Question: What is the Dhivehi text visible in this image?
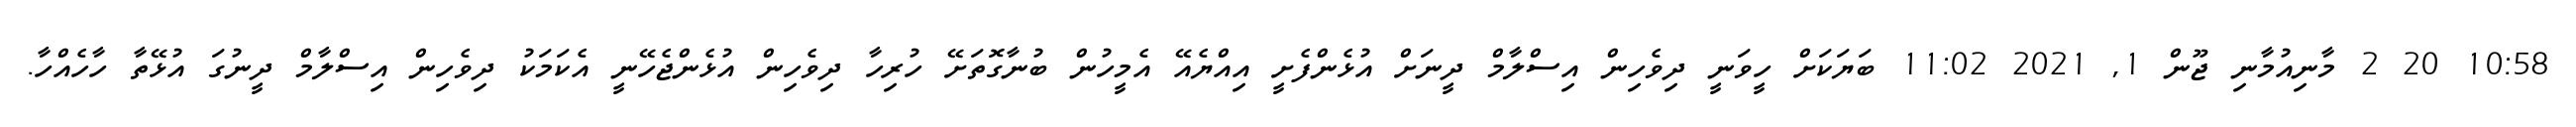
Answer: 10:58 20 2 މާނިއުމާނި ޖޫން 1, 2021 11:02 ބަޔަކަށް ހީވަނީ ދިވެހިން އިސްލާމް ދީނަށް އުޅެންފެށީ އިއްޔެއޭ އެމީހުން ބުނާގޮތަށޭ ހުރިހާ ދިވެހިން އުޅެންޖެހޭނީ އެކަމަކު ދިވެހިން އިސްލާމް ދީނުގަ އުޅޭތާ ހާހެއްހާ.